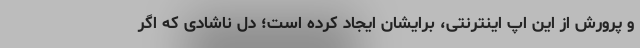
و پرورش از این اپ اینترنتی، برایشان ایجاد کرده است؛ دل ناشادی که اگر